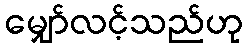
မျှော်လင့်သည်ဟု